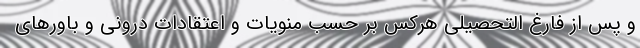
و پس از فارغ التحصیلی هرکس بر حسب منویات و اعتقادات درونی و باورهای